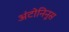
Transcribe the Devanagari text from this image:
अंटोनिनुस